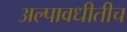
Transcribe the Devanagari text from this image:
अल्पावधीतीच